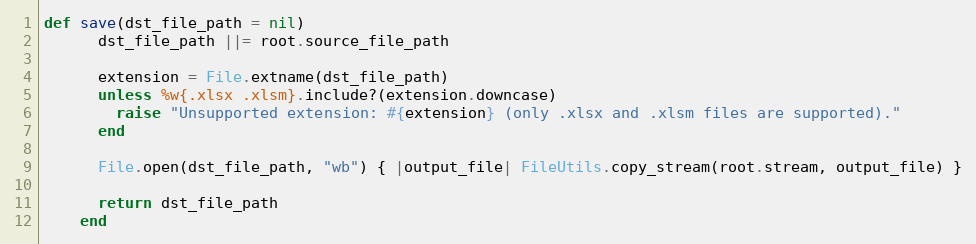
Language: Ruby
def save(dst_file_path = nil)
      dst_file_path ||= root.source_file_path

      extension = File.extname(dst_file_path)
      unless %w{.xlsx .xlsm}.include?(extension.downcase)
        raise "Unsupported extension: #{extension} (only .xlsx and .xlsm files are supported)."
      end

      File.open(dst_file_path, "wb") { |output_file| FileUtils.copy_stream(root.stream, output_file) }

      return dst_file_path
    end